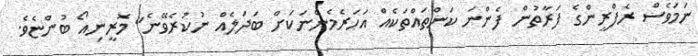
ނަމަވެސް ރެފްރީންގެ ފަރާތުން ފެންނަ ކަންތައްތަކެއް އަހަރެމެންނަކަށް ބަދަލެއް ނުކުރެވޭނެ" މޮރީނިއޯ ބުންޏެވެ.